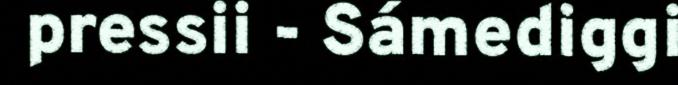
pressii - Sámediggi